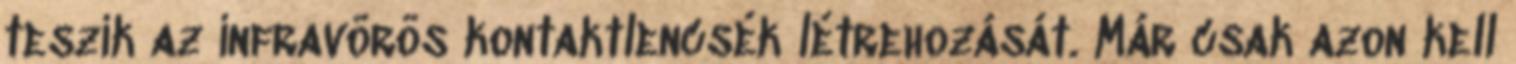
teszik az infravörös kontaktlencsék létrehozását. Már csak azon kell